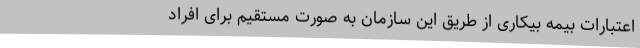
اعتبارات بیمه بیکاری از طریق این سازمان به صورت مستقیم برای افراد